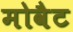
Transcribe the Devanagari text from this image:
मोवैट